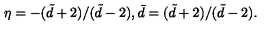
\eta = - ( \tilde { d } + 2 ) / ( \tilde { d } - 2 ) , \bar { d } = ( \tilde { d } + 2 ) / ( \tilde { d } - 2 ) .